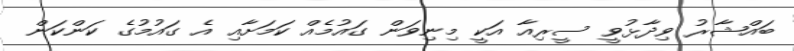
ބައްޝާރު ވިދާޅުވީ ސީރިއާ އަކީ މިނިވަން ގައުމެއް ކަމަށާއި އެ ގައުމުގެ ކަންކަން